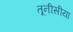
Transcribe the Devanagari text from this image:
तूनीसीया